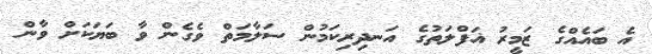
އެ ބައެއްގެ ޒަމީރު ޣަފްލަތުގެ އަނދިރިކަމުން ސަލާމަތް ވެގެން ވާ ބަޔަކަށް ވާން